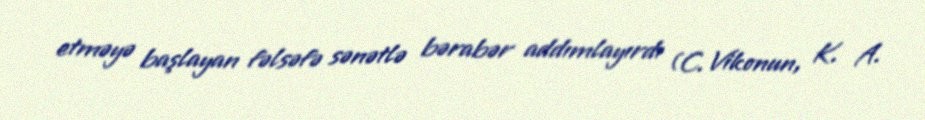
etməyə başlayan fəlsəfə sənətlə bərabər addımlayırdı (C. Vikonun, K. A.